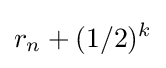
r_{n}+(1/2)^{k}